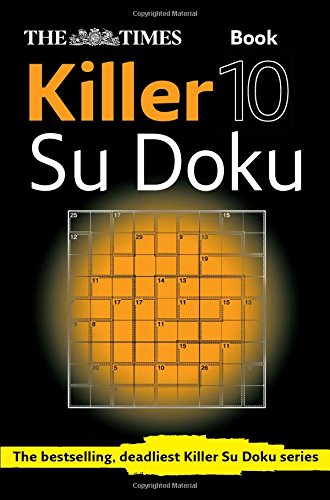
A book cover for The Times Killer Su Doku Book 10; HarperCollins UK; Humor & Entertainment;